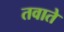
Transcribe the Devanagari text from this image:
तवाते